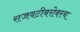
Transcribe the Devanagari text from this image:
राजवटीबरोबरच